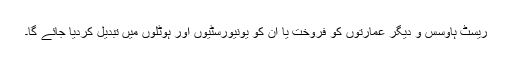
ریسٹ ہاوسس و دیگر عمارتوں کو فروخت یا ان کو یونیورسٹیوں اور ہوٹلوں میں تبدیل کردیا جائے گا۔